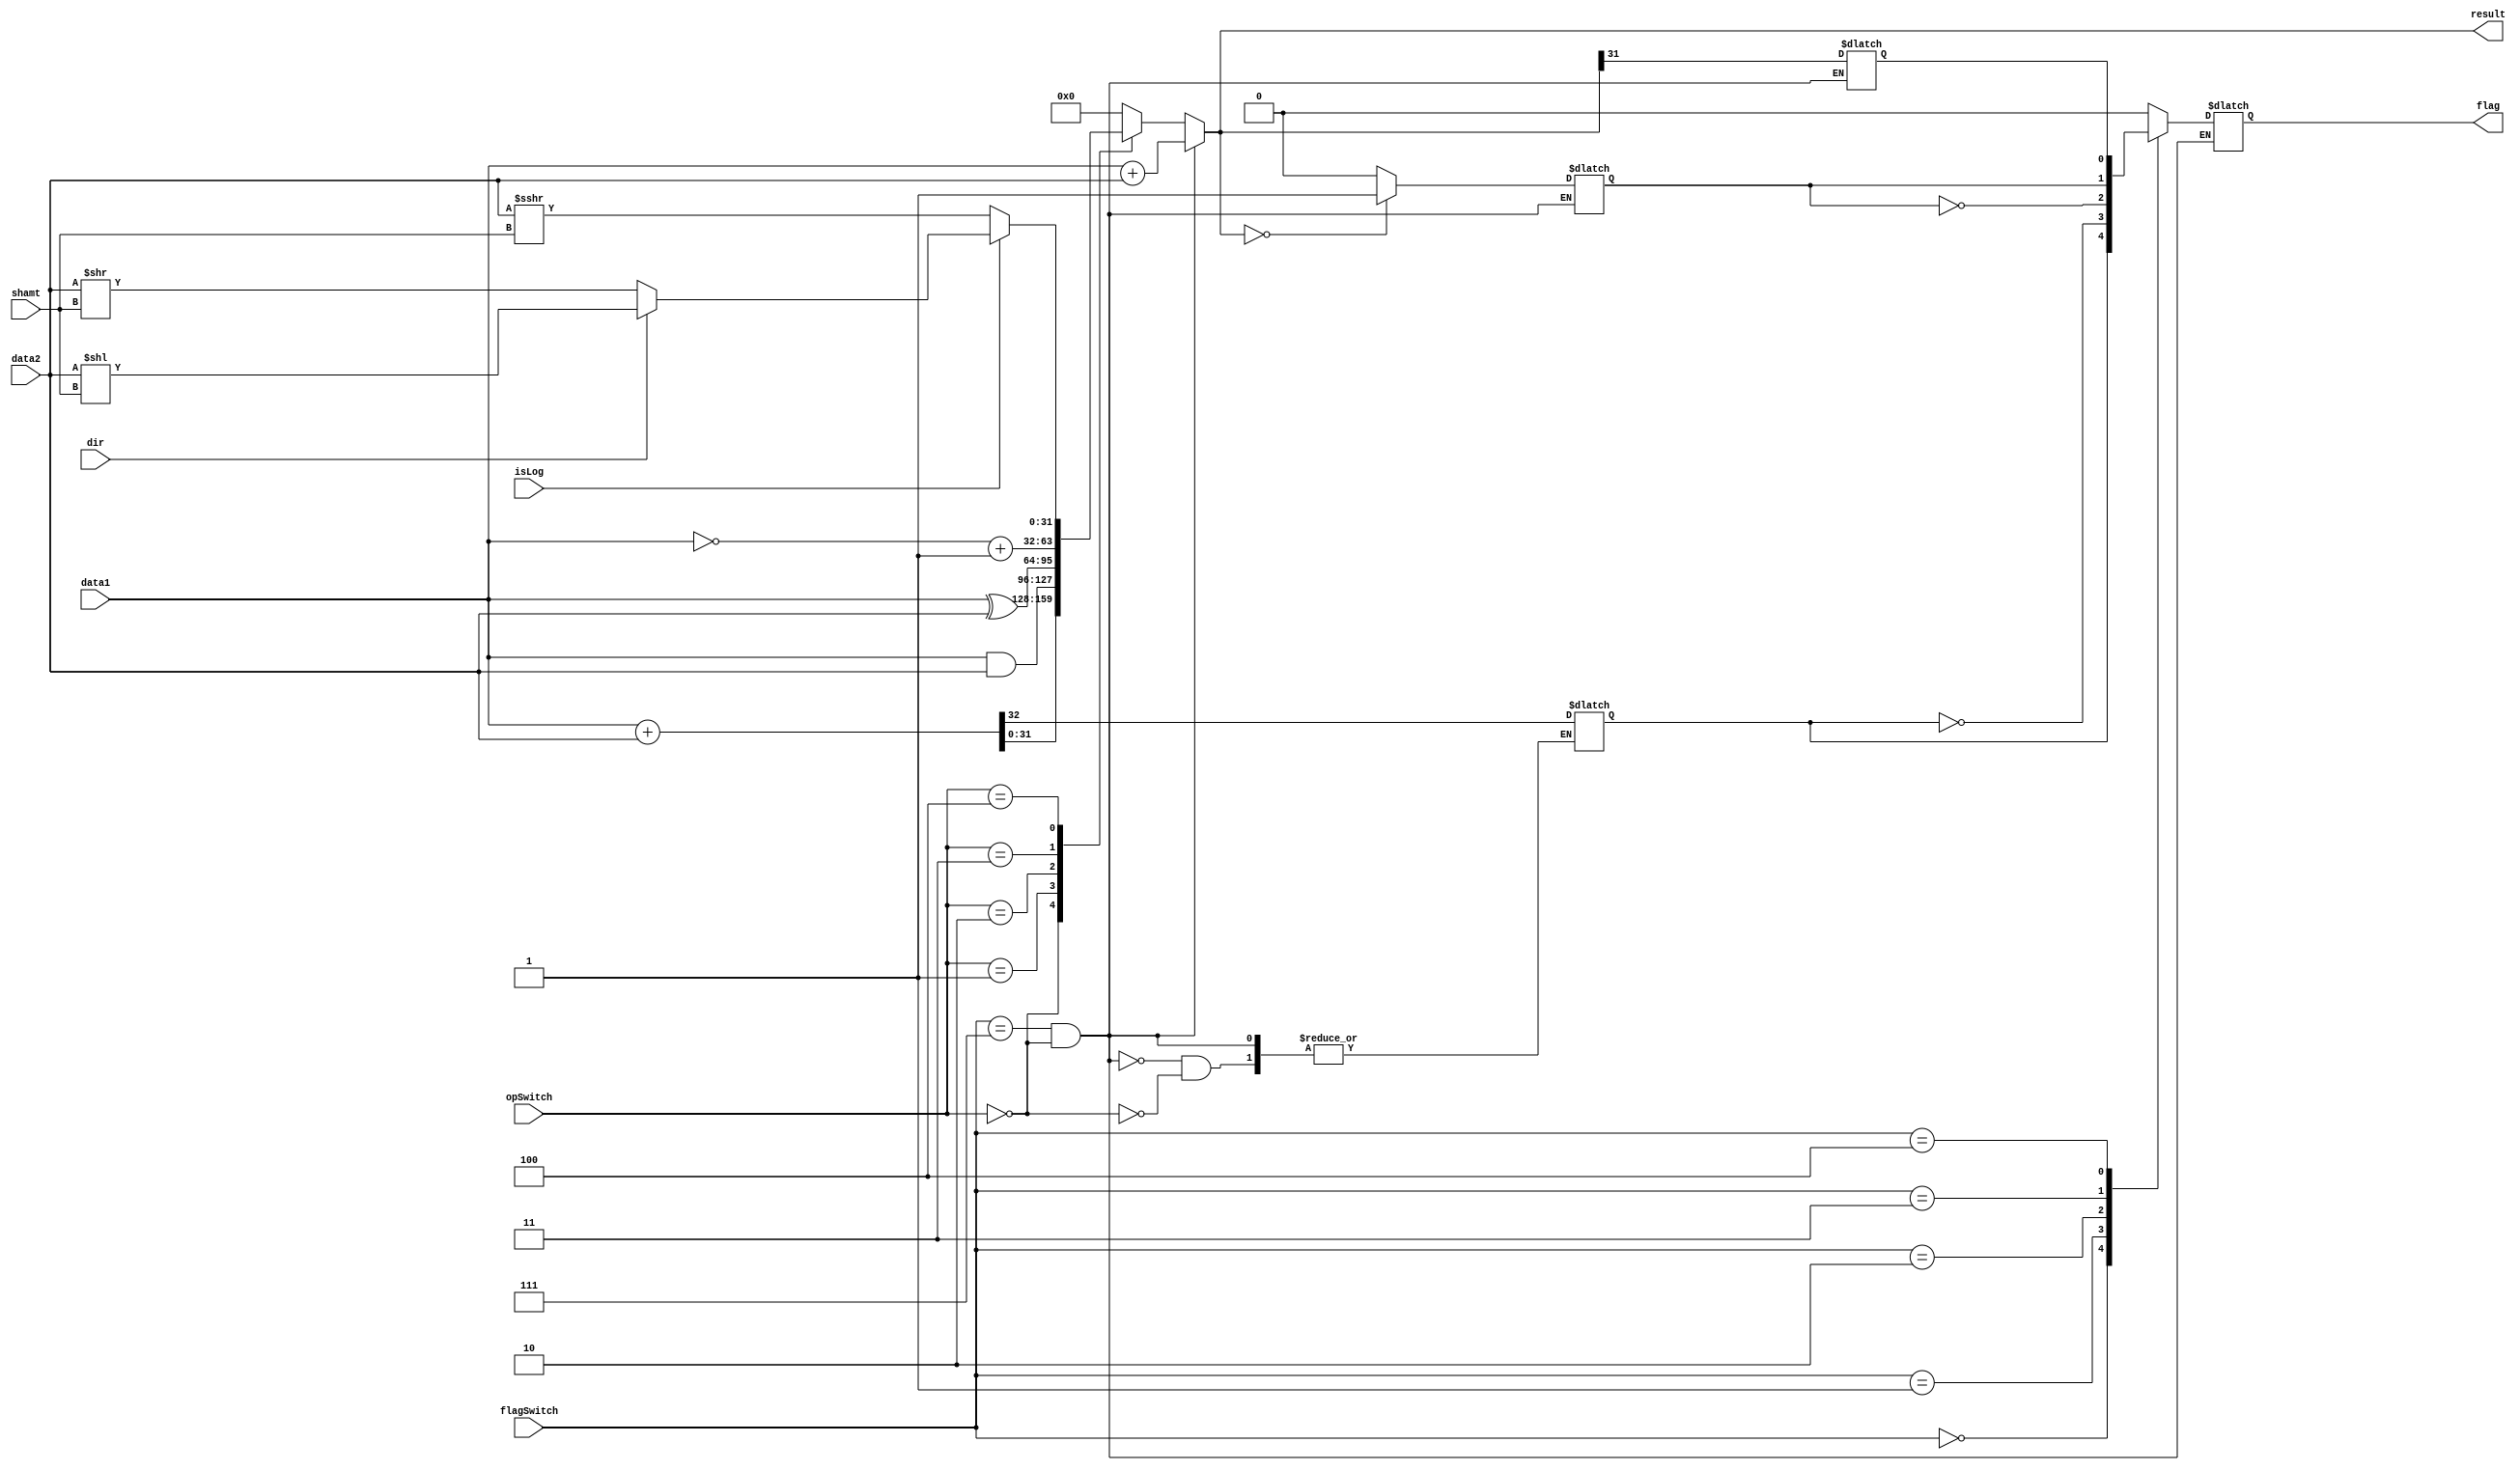
`timescale 1ns / 1ps
////////////////////////////////////////////////////////////////////////////////
// Group : 7
// Members : 
// Battala Vamshi Krishna - 19CS10019
// Mahajan Rohan Raj - 19CS10042
// Assignment - 7
////////////////////////////////////////////////////////////////////////////////
module alu(
		data1,
		data2,
		opSwitch,
		flagSwitch,
		shamt,
		isLog,
		dir,
		flag,
		result
    );
input [31:0] data1, data2;
input [2:0] opSwitch, flagSwitch;
input [4:0] shamt;
input isLog, dir;
output reg flag;
output reg [31:0] result;
reg carry_flag, zero_flag, sign_flag;
always @(*) begin
	 if (flagSwitch == 3'b111 && opSwitch == 3'b000)begin
			result <= data1 + data2;
	 end
	 else begin
		case (opSwitch)
			3'b000: {carry_flag, result} <= data1 + data2;
			3'b001: result <= data1 & data2;
			3'b010: result <= data1 ^ data2;
			3'b011: result <= ~data1 + 1;
			3'b100: begin
					if(isLog) begin
						if(dir)
							result <= data2<<shamt;
						else
							result <= data2>>shamt;
					end
					else
						result <= data2>>>shamt;
			end
			default: result <= 32'b0;
		endcase
		zero_flag <= (result == 32'b0)?1:0;
		sign_flag <= result[31];
		case (flagSwitch) 
			3'b000: flag <= carry_flag;
			3'b001: flag <= ~carry_flag;
			3'b010: flag <= ~zero_flag;
			3'b011: flag <= zero_flag;
			3'b100: flag <= sign_flag; 
			//3'b111: begin
				//		zero_flag <= 1'b0;
				//		sign_flag <= 1'b0;
				//		carry_flag <= 1'b0;
				//		flag <= 1'b0;
			//end
			default:flag <= 0;
		endcase
	end
end

endmodule